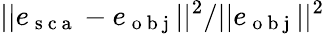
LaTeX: ||e_{\mathrm{~s~c~a~}}-e_{\mathrm{~o~b~j~}}||^{2}/||e_{\mathrm{~o~b~j~}}||^{2}